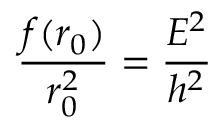
\frac { f ( r _ { 0 } ) } { r _ { 0 } ^ { 2 } } = \frac { E ^ { 2 } } { h ^ { 2 } }